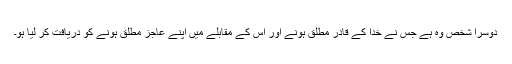
دوسرا شخص وہ ہے جس نے خدا کے قادر مطلق ہونے اور اس کے مقابلے میں اپنے عاجز مطلق ہونے کو دریافت کر لیا ہو۔